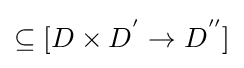
\subseteq [D\times D^{'}\rightarrow D^{''}]